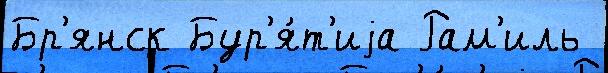
Бр'янск Бур'я́т'иjа Рам'иль